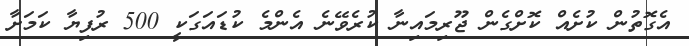
އެގޮތުން ކުށެއް ކޮށްގެން ޖޫރިމައިނާ ކުރެވޭނެ އެންމެ ކުޑައަގަކީ 500 ރުފިޔާ ކަމަށާ